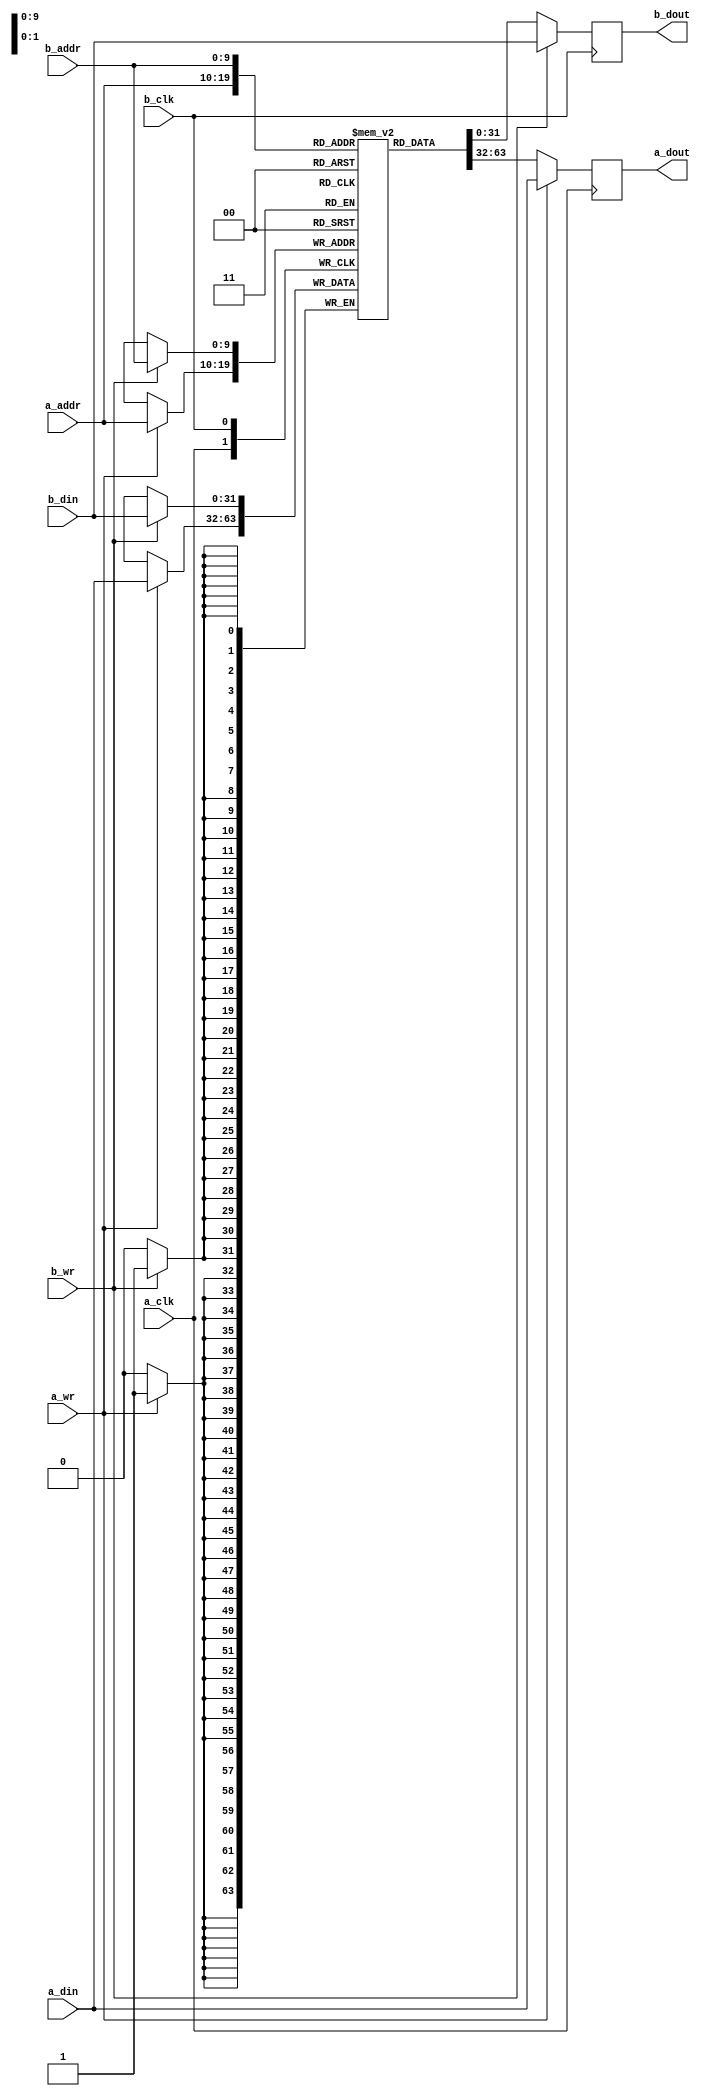
module nand_bram_block_dp #(
   parameter DATA = 32,
   parameter ADDR = 10,
   parameter DEPTH = 517
) (
   input  wire            a_clk,
   input  wire            a_wr,
   input  wire [ADDR-1:0] a_addr,
   input  wire [DATA-1:0] a_din,
   output reg  [DATA-1:0] a_dout,

   input  wire            b_clk,
   input  wire            b_wr,
   input  wire [ADDR-1:0] b_addr,
   input  wire [DATA-1:0] b_din,
   output reg  [DATA-1:0] b_dout
);

reg [DATA-1:0] mem [DEPTH-1:0];

always @(posedge a_clk) begin
   a_dout <= mem[a_addr];
   if(a_wr) begin
     a_dout      <= a_din;
     mem[a_addr] <= a_din;
   end
end

always @(posedge b_clk) begin
   b_dout <= mem[b_addr];
   if(b_wr) begin
     b_dout      <= b_din;
     mem[b_addr] <= b_din;
   end
end

endmodule